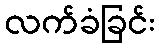
လက်ခံခြင်း